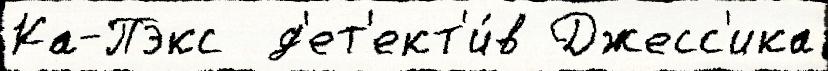
Ка-Пэкс  д'ет'ект'и́в Джесс'ика